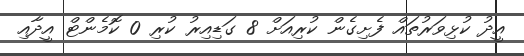
އީދު ކުޅިވަރުތައް ފެށިގެން ކުރިއަށް 8 ގަޑިއިރު ކުރި 0 ކޮމެންޓް އީދާއި